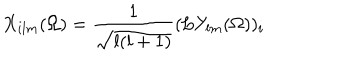
LaTeX: X _ { i l m } ( \Omega ) = \frac { 1 } { \sqrt { l ( l + 1 ) } } ( \mathrm { { \bf L } } Y _ { l m } ( \Omega ) ) _ { i }